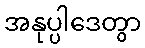
အနုပ္ပါဒေတွာ